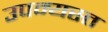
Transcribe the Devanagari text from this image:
उपन्यस्त